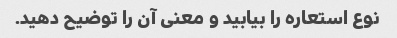
نوع استعاره را بیابید و معنی آن را توضیح دهید.